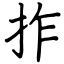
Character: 拃